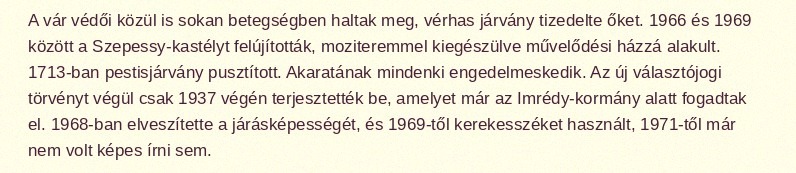
A vár védői közül is sokan betegségben haltak meg, vérhas járvány tizedelte őket. 1966 és 1969 között a Szepessy-kastélyt felújították, moziteremmel kiegészülve művelődési házzá alakult. 1713-ban pestisjárvány pusztított. Akaratának mindenki engedelmeskedik. Az új választójogi törvényt végül csak 1937 végén terjesztették be, amelyet már az Imrédy-kormány alatt fogadtak el. 1968-ban elveszítette a járásképességét, és 1969-től kerekesszéket használt, 1971-től már nem volt képes írni sem.